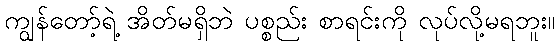
ကျွန်တော့်ရဲ့ အိတ်မရှိဘဲ ပစ္စည်း စာရင်းကို လုပ်လို့မရဘူး။